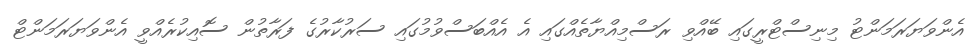
އެންވަޔަރަމަންޓު މިނިސްޓްރީގައި ބޭއްވި ރަސްމިއްޔާތެއްގައި އެ އެއްބަސްވުމުގައި ސަރުކާރުގެ ފަރާތުން ސޮއިކުރެއްވީ އެންވަޔަރަމަންޓް